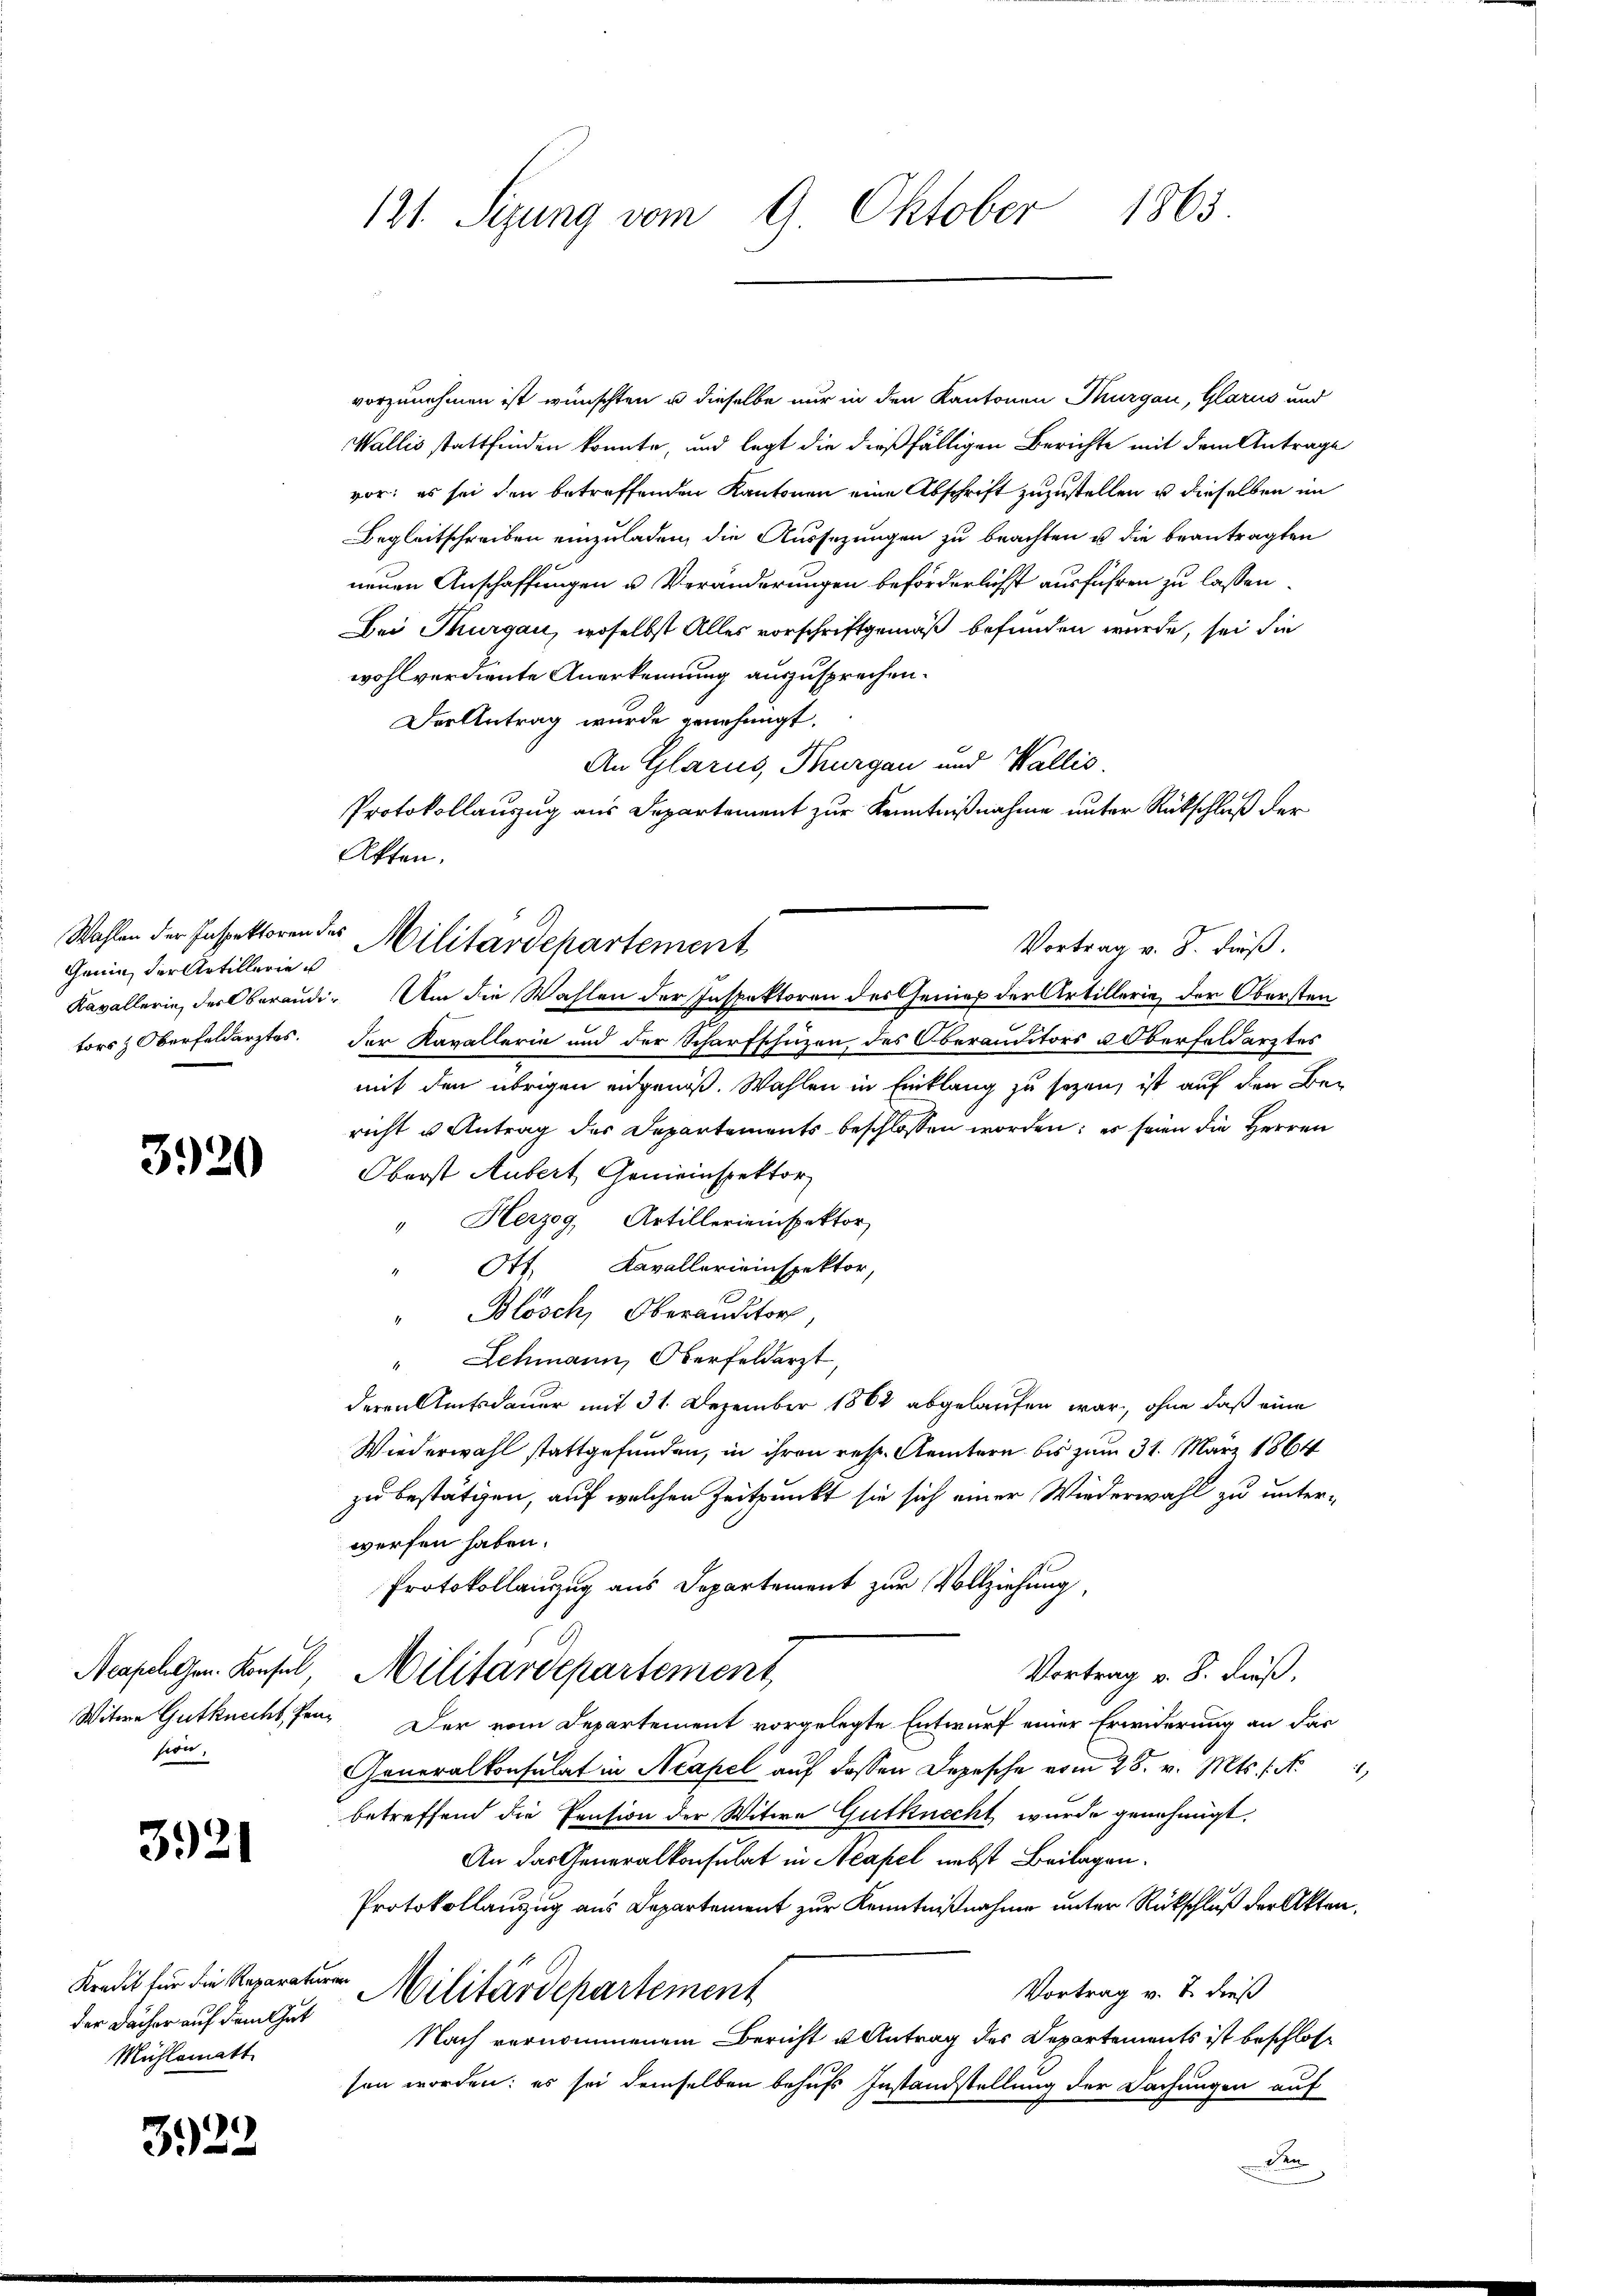
Ganin der Artillerie u

3920

sien,

3921

vorzunehmen ist wünschten u dieselbe nur in den Kantonen Thurgau, Glarus und
Wallis stattfinden konnte, und legt die dießfälligen Berichte mit dem Antrage
vor; es sei den betreffenden Kantonen eine Abschrift zuzustellen u dieselben im
Begleitschreiben einzuladen, die Aussezungen zu beachten u die beantragten
neuen Anschaffungen u. Veränderungen beförderlichst ausführen zu lassen.
Bei Thurgau, woselbst Alles vorschriftgemäß befunden wurde, sei die
wohlverdiente Anerkennung auszusprechen.
Der Antrag wurde genehmigt.
An Glarus, Thurgau und Wallis.
Protokollauszug aus Departement zur Kenntnißnahme unter Rückschluß der
Akten.
Wahlen der Inspektoren des Militärdepartement
Kavallerie, der Oberandi- Um die Wahlen der Inspektoren des Gener der Artillerie, der Obersten
tors & Oberfeldarztes. Der Kavallerie und der Scharfschüzen des Oberauditors Oberfeldarztes
mit den übrigen eidgenöß. Wahlen in Einklang zu sezen, ist auf den Bericht u Antrag des Departements beschlossen worden; es seien die Herren
Oberst Aubert Gemeinspektor
" Herzog, Artillerieinspektor
Ott. Kavallerieinspektor,
" Blösch, Oberauditor
" Schmann, Oberfeldert,
deren Amtsdauer mit 31. Dezember 1864 abgelaufen war, ohne daß eine
Wiederwahl stattgefunden, in ihren resp. Aemtern bis zum 31. März 1864
zu bestätigen, auf welchen Zeitpunkt sie sich einer Wiederwahl zu unter-
werfen haben.
Protokollanzug aus Departement zur Vollziehung,
G
Neapelgen. Konsul, Militärdepartement,
Vortrag v. 8. dieß.
Witwe Gutknecht, fen. Der vom Departement vorgelegte Entwurf einer Erwiderung an das
Generalkonsulat in Neapel auf dassen Depesche vom 28. v. Mts. f. No
betreffend die Pension der Witwe Gutknecht wurde genehmigt.
An das Generalkonsulat in Neapel nebst Beilagen.
Protokollauszug aus Departement zur Kenntnißnahme unter Rückschluß der Akten.
Kredit für die Reparature Militärdepartement
Vortrag v. J. dieß
Nach vernommenem Bericht u Antrag des Departements ist beschlossen worden: es sei demselben behufs Instandstellung der Dachungen auf
dae

der Dächer auf dem Gut
Mühlematt

3922

121. Sezung vom 9. Oktober 1865.

Vortrag v. J. dieß.